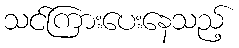
သင်ကြားပေးနေသည့်